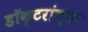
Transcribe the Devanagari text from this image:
डॉक्‍टरांच्या